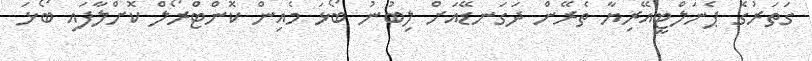
ގަތަރުގެ ޕެނަލްޓީއޭރިޔާ ތެރޭން ދަގަނޑޭއަށް ލިބުނު ބޯޅަ މެއިން ކޮންޓްރޯލް ކޮށްލާފައި ބޯޅަ